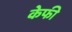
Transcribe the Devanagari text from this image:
केफी